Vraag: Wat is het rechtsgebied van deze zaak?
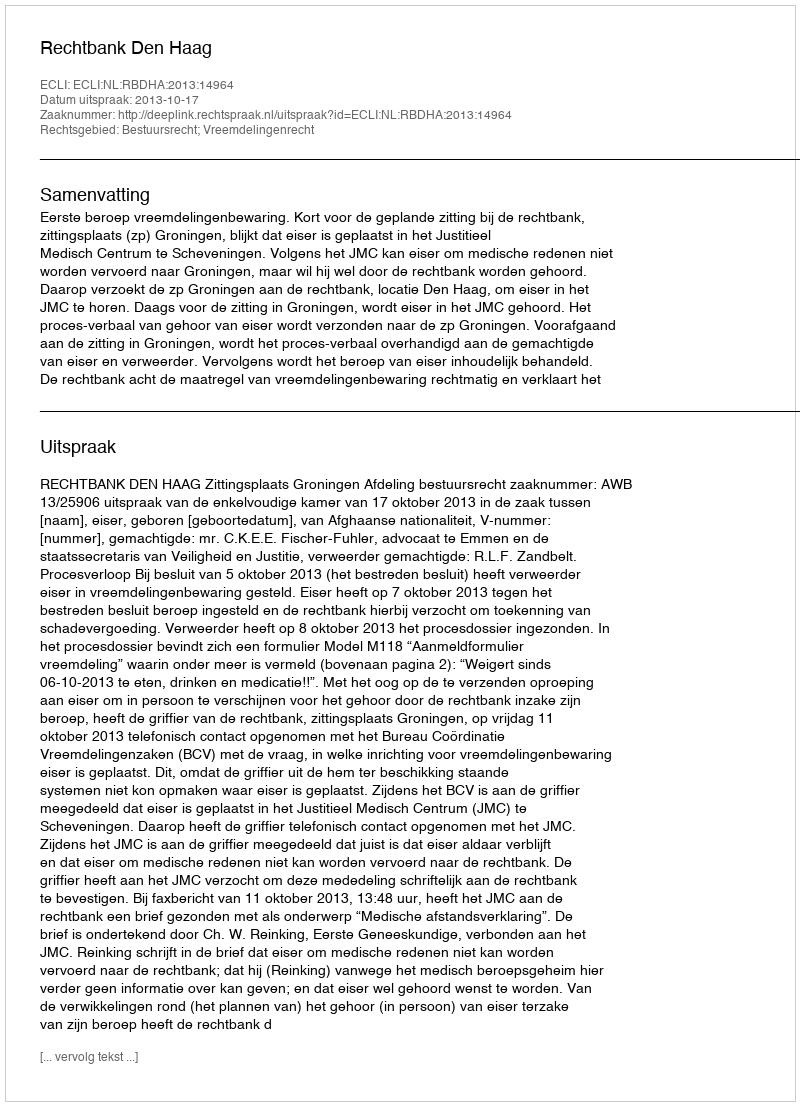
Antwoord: Bestuursrecht; Vreemdelingenrecht